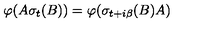
\varphi ( A \sigma _ { t } ( B ) ) = \varphi ( \sigma _ { t + i \beta } ( B ) A )